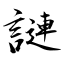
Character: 謰